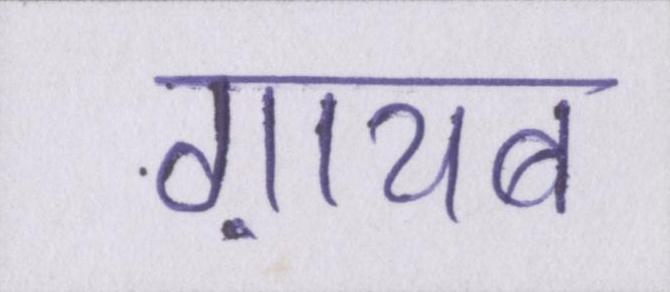
ग़ायब